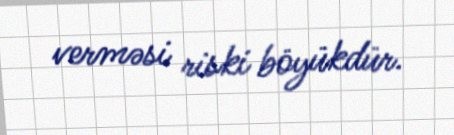
verməsi riski böyükdür.